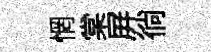
惘棠屛徜